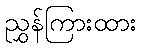
ညွှန်ကြားထား